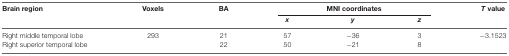
<table><thead><tr><td><b>Brain region</b></td><td><b>Voxels</b></td><td><b>BA</b></td><td colspan="3"><b>MNI coordinates</b></td><td><b><i>T</i> value</b></td></tr><tr><td></td><td></td><td></td><td><b><i>x</i></b></td><td><b><i>y</i></b></td><td><b><i>z</i></b></td></tr></thead><tbody><tr><td>Right middle temporal lobe</td><td>293</td><td>21</td><td>57</td><td>−36</td><td>3</td><td>−3.1523</td></tr><tr><td>Right superior temporal lobe</td><td></td><td>22</td><td>50</td><td>−21</td><td>8</td><td></td></tr></tbody></table>